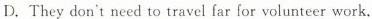
D.They don't need to travel far for volunteer work.